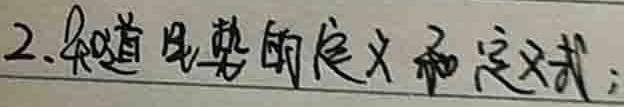
2.知道电势的定义和定义式；